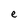
Character: e